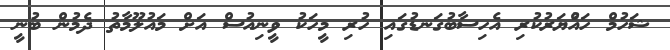
ޝަހުމް ހައްުޔަރުކުރި އެހިސާބުގަނޑުގައި ހުރި މީހަކު ވީނިއުސް އަށް މައުލޫމާތު ދެމުން ބުނީ